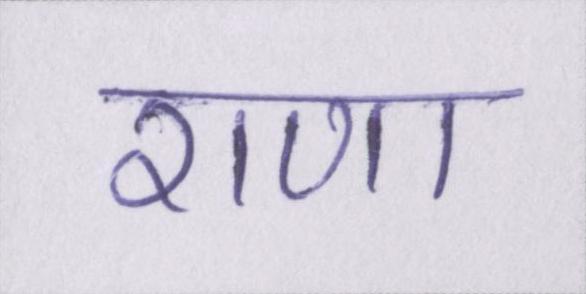
राणा